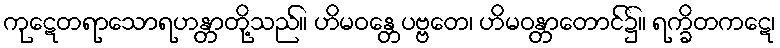
ကုဋေတရာသောရဟန္တာတို့သည်။ ဟိမဝန္တေပဗ္ဗတေ၊ ဟိမဝန္တာတောင်၌။ ရက္ခိတကဋေ၊